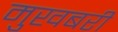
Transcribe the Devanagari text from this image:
मुखबरी